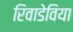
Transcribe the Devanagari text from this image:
रिवाडेविया